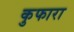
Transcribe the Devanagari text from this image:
कुफारा